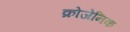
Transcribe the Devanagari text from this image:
क्रोजेनिक